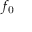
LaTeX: f _ { \mathrm { 0 } }